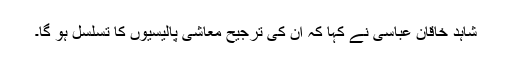
شاہد خاقان عباسی نے کہا کہ اُن کی ترجیح معاشی پالیسیوں کا تسلسل ہو گا۔